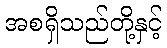
အစရှိသည်တို့နှင့်